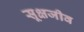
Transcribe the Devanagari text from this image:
सूक्षजीव